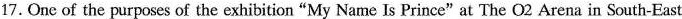
17. One of the purposes of the exhibition"My Name Is Prince"at The O2 Arena in South-East